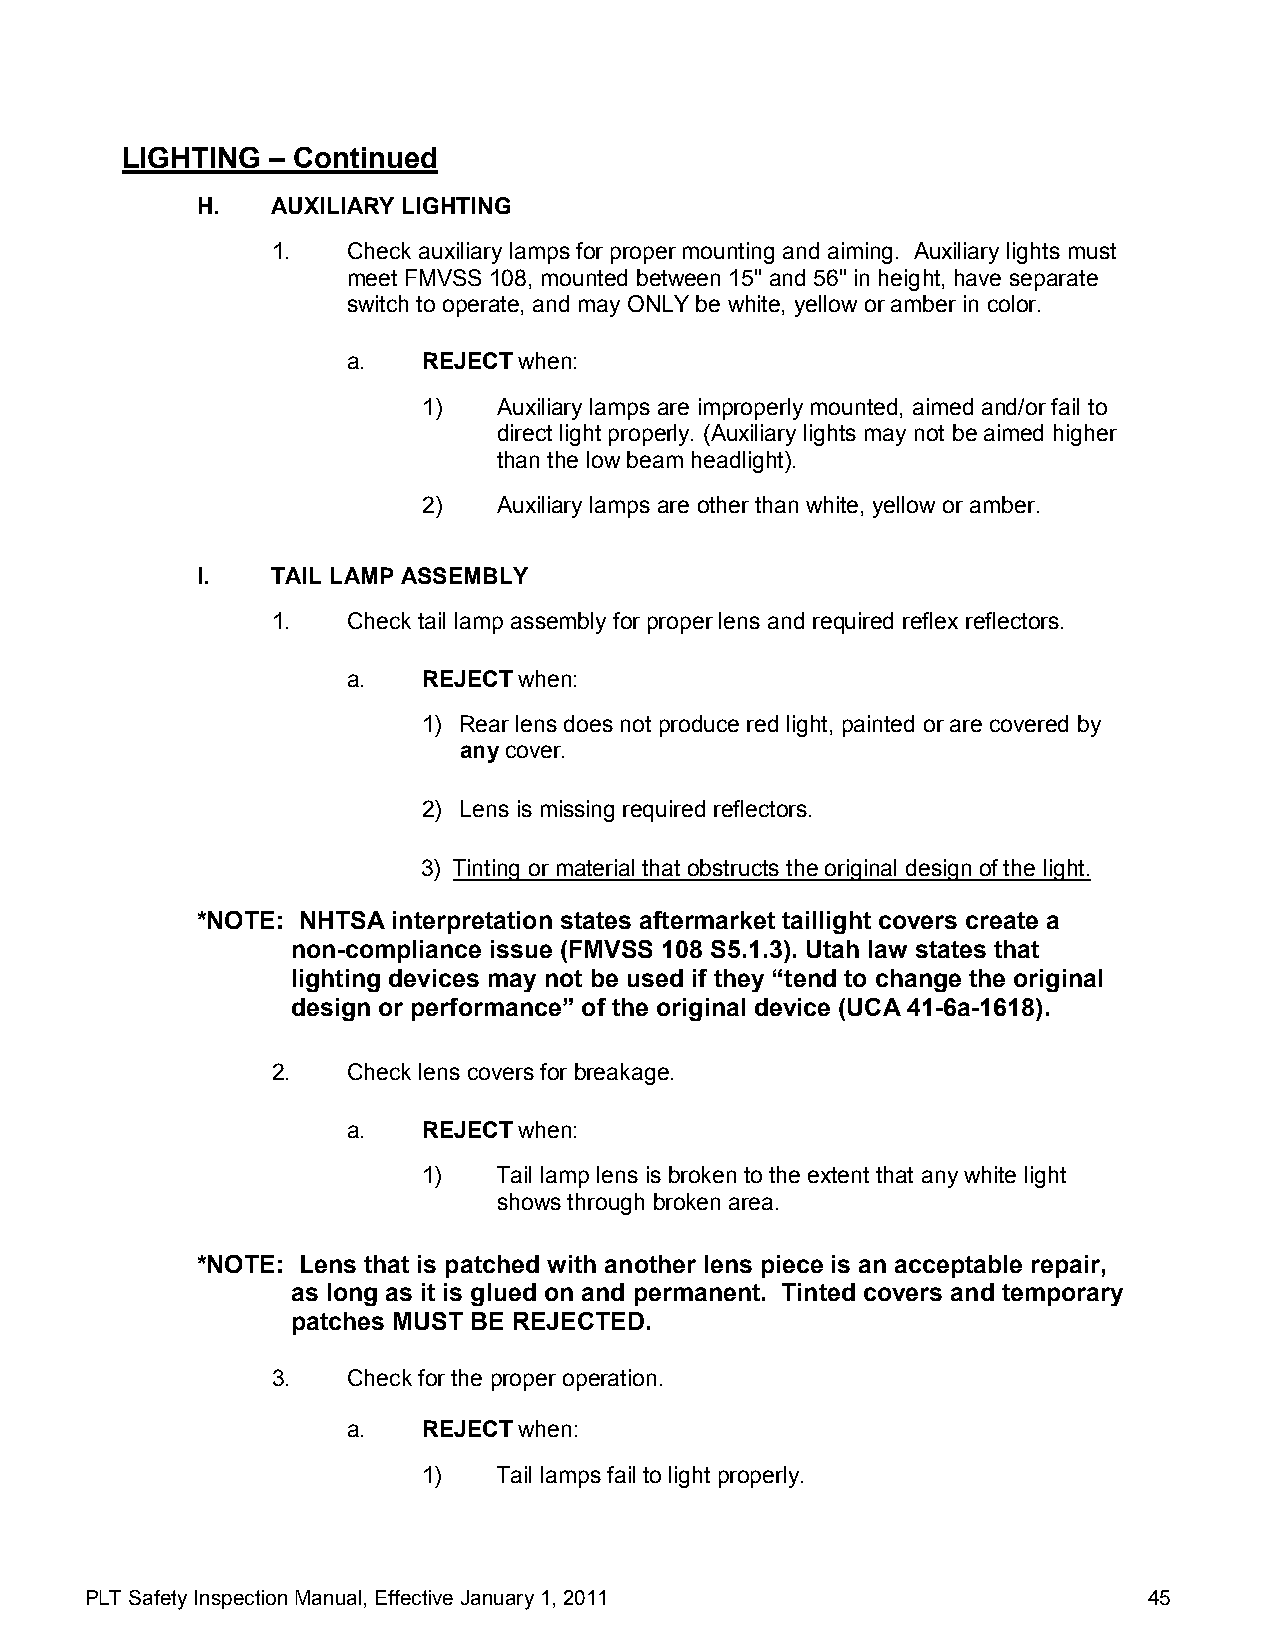
LIGHTING  – Continued
 H.   AUXILIARY LIGHTING
 1.   Check auxiliary lamps for proper mounting and aiming. Auxiliary lights must
 meet FMVSS 108, mounted between 15" and 56" in height, have separate
 switch to operate, and may ONLY be white, yellow or amber in color.
 a.   REJECT when:
 1)   Auxiliary lamps are improperly mounted, aimed and/or fail to
 direct light properly. (Auxiliary lights may not be aimed higher
 than the low beam headlight).
 2)   Auxiliary lamps are other than white, yellow or amber.
 I.   TAIL LAMP ASSEMBLY
 1.   Check tail lamp assembly for proper lens and required reflex reflectors.
 a.   REJECT when:
 1) Rear lens does not produce red light, painted or are covered by
 any cover.
 2) Lens is missing required reflectors.
 3) Tinting or material that obstructs the original design of the light.
 *NOTE: NHTSA interpretation states aftermarket taillight covers create a
 non-compliance issue (FMVSS 108 S5.1.3). Utah law states that
 lighting devices may not be used if they “tend to change the original
 design or performance” of the original device (UCA 41-6a-1618).
 2.   Check lens covers for breakage.
 a.   REJECT when:
 1)   Tail lamp lens is broken to the extent that any white light
 shows through broken area.
 *NOTE: Lens that is patched with another lens piece is an acceptable repair,
 as long as it is glued on and permanent. Tinted covers and temporary
 patches MUST BE REJECTED.
 3.   Check for the proper operation.
 a.   REJECT when:
 1)   Tail lamps fail to light properly.
 PLT Safety Inspection Manual, Effective January 1, 2011               45